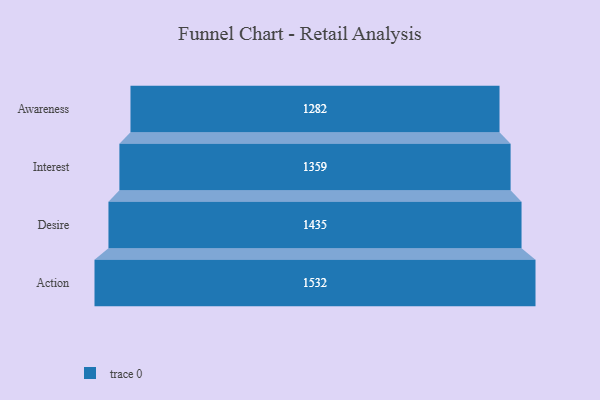
{"axis": {"x": "Stage", "y": "Value"}, "legend": [""], "data": [{"x": "Awareness", "y": 1282.0, "type": ""}, {"x": "Interest", "y": 1359.0, "type": ""}, {"x": "Desire", "y": 1435.0, "type": ""}, {"x": "Action", "y": 1532.0, "type": ""}]}